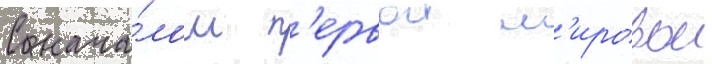
С нача́лом п'ервои м'ировои